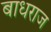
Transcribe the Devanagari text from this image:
बाधराज